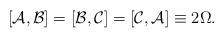
LaTeX: \begin{gather*} [\mathcal{A},\mathcal{B}]=[\mathcal{B},\mathcal{C}]=[\mathcal{C},\mathcal{A}]\equiv 2 \Omega.\end{gather*}